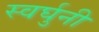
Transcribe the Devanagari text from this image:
स्वर्घुनी